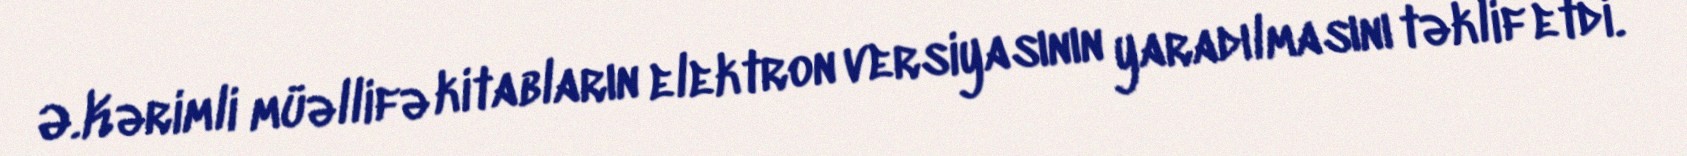
Ə.Kərimli müəllifə kitabların elektron versiyasının yaradılmasını təklif etdi.